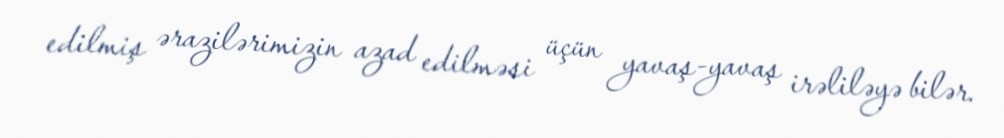
edilmiş ərazilərimizin azad edilməsi üçün yavaş-yavaş irəliləyə bilər.